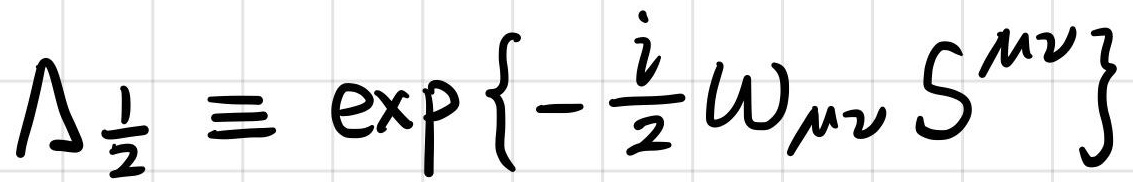
$\Lambda_{\frac{1}{2}} \equiv \exp \left\{-\frac{i}{2} \omega_{\mu \nu} S^{\mu \nu}\right\}$